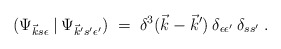
\begin{align*}(\Psi_{\vec{k}s \epsilon} \:|\: \Psi_{\vec{k}' s' \epsilon'}) \;=\; \delta^3(\vec{k}-\vec{k}')\: \delta_{\epsilon \epsilon'}\: \delta_{s s'}\;. \end{align*}